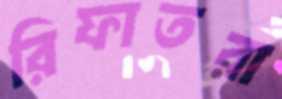
রিফাতরা